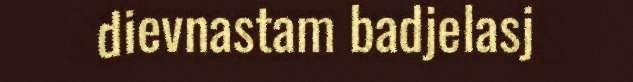
dievnastam badjelasj